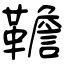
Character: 韂